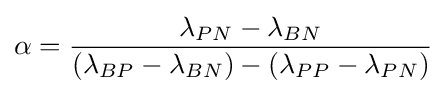
\alpha ={\frac {\lambda _{PN}-\lambda _{BN}}{(\lambda _{BP}-\lambda _{BN})-(\lambda _{PP}-\lambda _{PN})}}